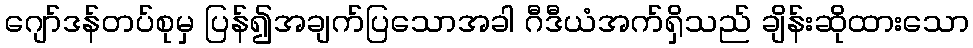
ဂျော်ဒန်တပ်စုမှ ပြန်၍အချက်ပြသောအခါ ဂီဒီယံအက်ရှိသည် ချိန်းဆိုထားသော